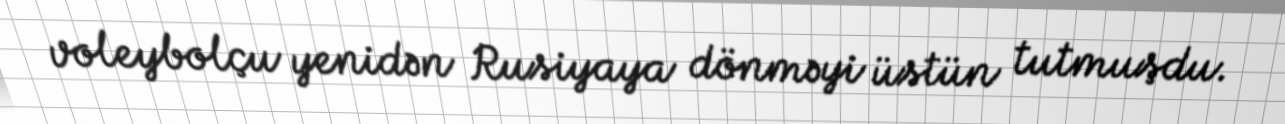
voleybolçu yenidən Rusiyaya dönməyi üstün tutmuşdu.